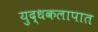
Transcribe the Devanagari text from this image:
युद्धकलापात